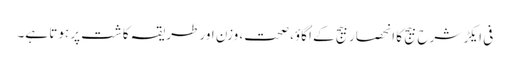
فی ایکڑ شرح بیج کا انحصار بیج کے اُگاوٴ، صحت، وزن اور طریقہ کاشت پر ہوتا ہے۔